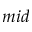
m i d